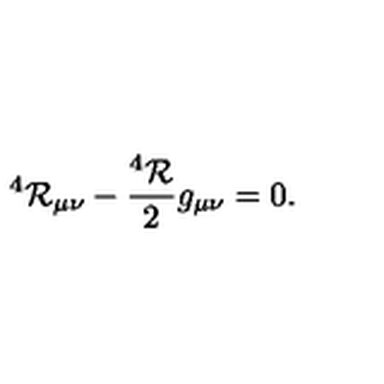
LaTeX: ^ 4 { \cal R } _ { \mu \nu } - \frac { ^ 4 { \cal R } } { 2 } g _ { \mu \nu } = 0 .